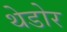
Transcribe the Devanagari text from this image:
थेडोर